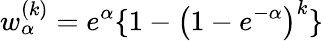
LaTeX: w_{\alpha}^{(k)}=e^{\alpha}\{ 1-\big(1-e^{-\alpha}\big)^{k}\}